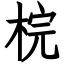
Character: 梡